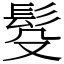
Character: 䯴